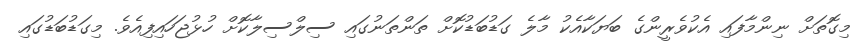
މިގޮތަށް ނިންމާފައި އެކުވެރީންގެ ބަޔަކާއެކު މާލެ ގަޑުބަޑުކޮށް ތަންތަނުގައި ސިލްސިލާކޮށް ހުޅުޖަހައިފިއެވެ. މިގަޑުބަޑުގައި